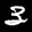
Label: 3